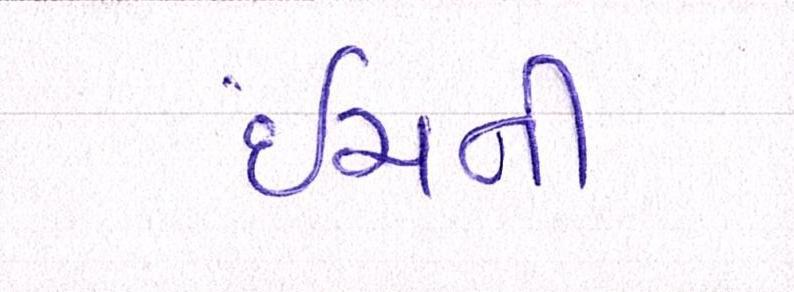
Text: ઇંચની